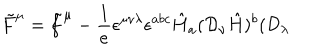
\tilde { F } ^ { \mu } = \tilde { f } ^ { \mu } - \frac { 1 } { e } \epsilon ^ { \mu \nu \lambda } \epsilon ^ { a b c } \hat { H } _ { a } ( { \cal D } _ { \nu } \hat { H } ) ^ { b } ( { \cal D } _ { \lambda }